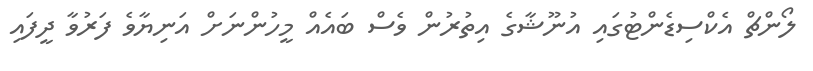
ލޯންޗް އެކްސިޑެންޓުގައި އުނޫޝާގެ އިތުރުން ވެސް ބައެއް މީހުންނަށް އަނިޔާވެ ފަރުވާ ދީފައި